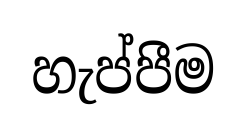
හැප්පීම